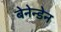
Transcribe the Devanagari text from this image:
बेनेन्डेन